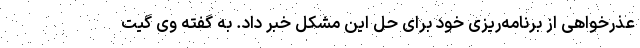
عذرخواهی از برنامه‌ریزی خود برای حل این مشکل خبر داد. به گفته وی گیت